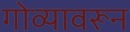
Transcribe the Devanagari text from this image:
गोव्यावरून